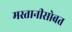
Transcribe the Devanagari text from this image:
मस्तानीसोबत